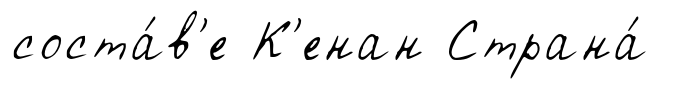
соста́в'е К'енан Страна́